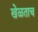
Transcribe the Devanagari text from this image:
खेळताच